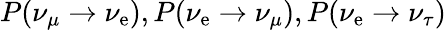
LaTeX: P(\nu_{\mu}\rightarrow\nu_{\mathrm{e}}),P(\nu_{\mathrm{e}}\rightarrow\nu_{\mu}),P(\nu_{\mathrm{e}}\rightarrow\nu_{\tau})